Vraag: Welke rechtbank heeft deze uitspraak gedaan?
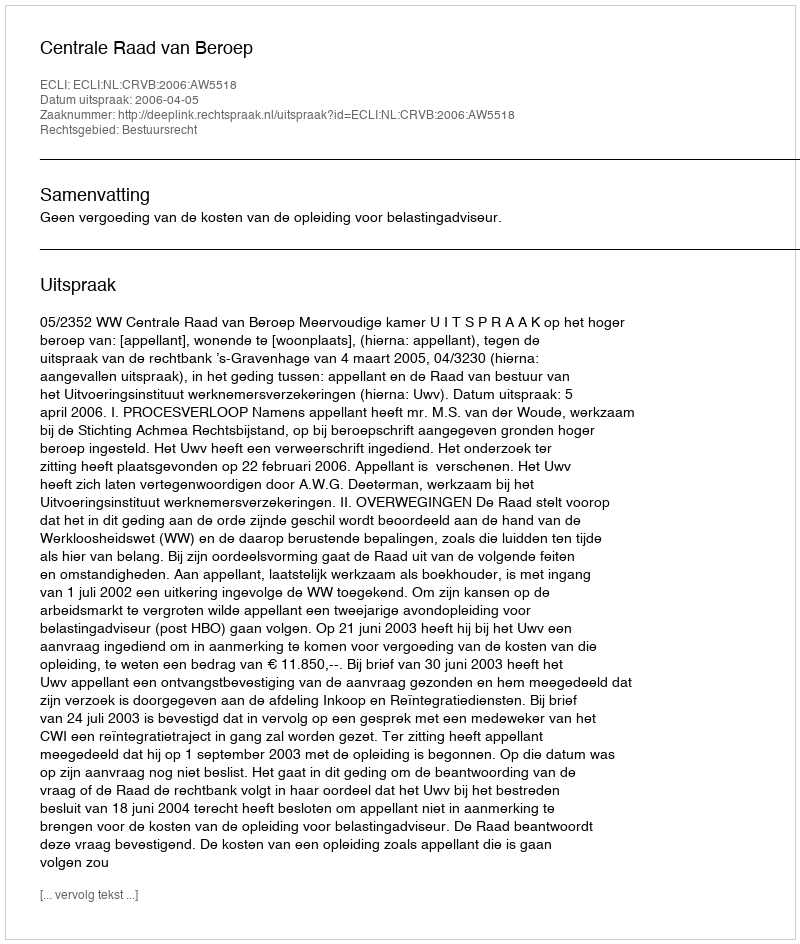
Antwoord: Centrale Raad van Beroep